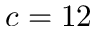
c = 1 2